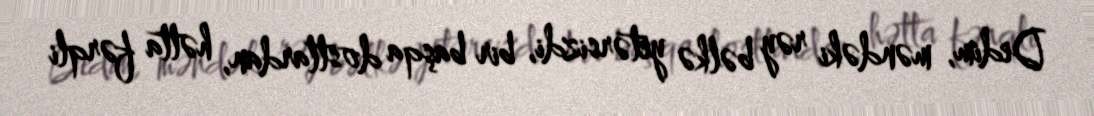
Dedim, məndəki rəy bəlkə yetərsizdi, bir başqa dostlardan, hətta fərqli